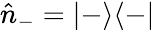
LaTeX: \hat{n}_{-}=|-\rangle\langle-|